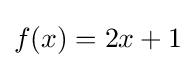
f(x)=2x+1